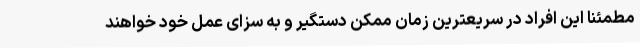
مطمئنا این افراد در سریعترین زمان ممکن دستگیر و به سزای عمل خود خواهند